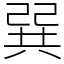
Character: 𢁉